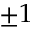
\pm 1